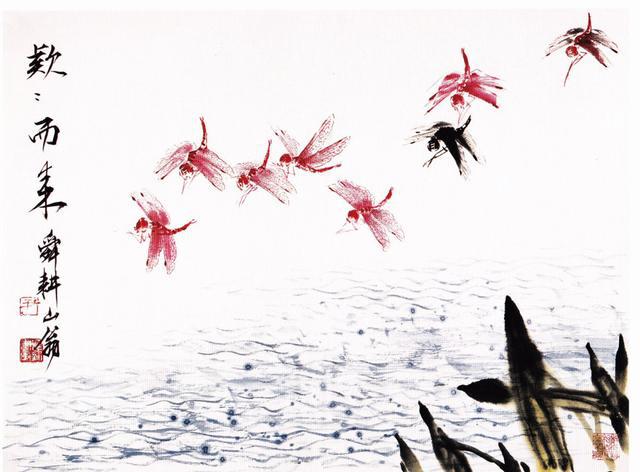
春风不解禁杨花，濛濛乱扑行人面。